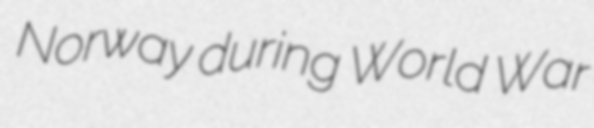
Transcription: Norway during World War